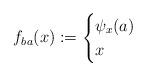
LaTeX: \begin{align*}f_{ba}(x) := \begin{cases} \psi_x(a) &\\ x & \end{cases}\end{align*}